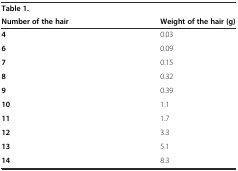
<table><thead><tr><td><b>Table 1.</b></td><td></td></tr><tr><td><b>Number of the hair</b></td><td><b>Weight of the hair (g)</b></td></tr></thead><tbody><tr><td><b>4</b></td><td>0.03</td></tr><tr><td><b>6</b></td><td>0.09</td></tr><tr><td><b>7</b></td><td>0.15</td></tr><tr><td><b>8</b></td><td>0.32</td></tr><tr><td><b>9</b></td><td>0.39</td></tr><tr><td><b>10</b></td><td>1.1</td></tr><tr><td><b>11</b></td><td>1.7</td></tr><tr><td><b>12</b></td><td>3.3</td></tr><tr><td><b>13</b></td><td>5.1</td></tr><tr><td><b>14</b></td><td>8.3</td></tr></tbody></table>